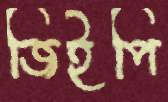
জিইপি